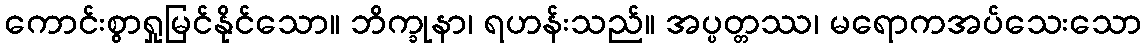
ကောင်းစွာရှုမြင်နိုင်သော။ ဘိက္ခုနာ၊ ရဟန်းသည်။ အပ္ပတ္တဿ၊ မရောကအပ်သေးသော